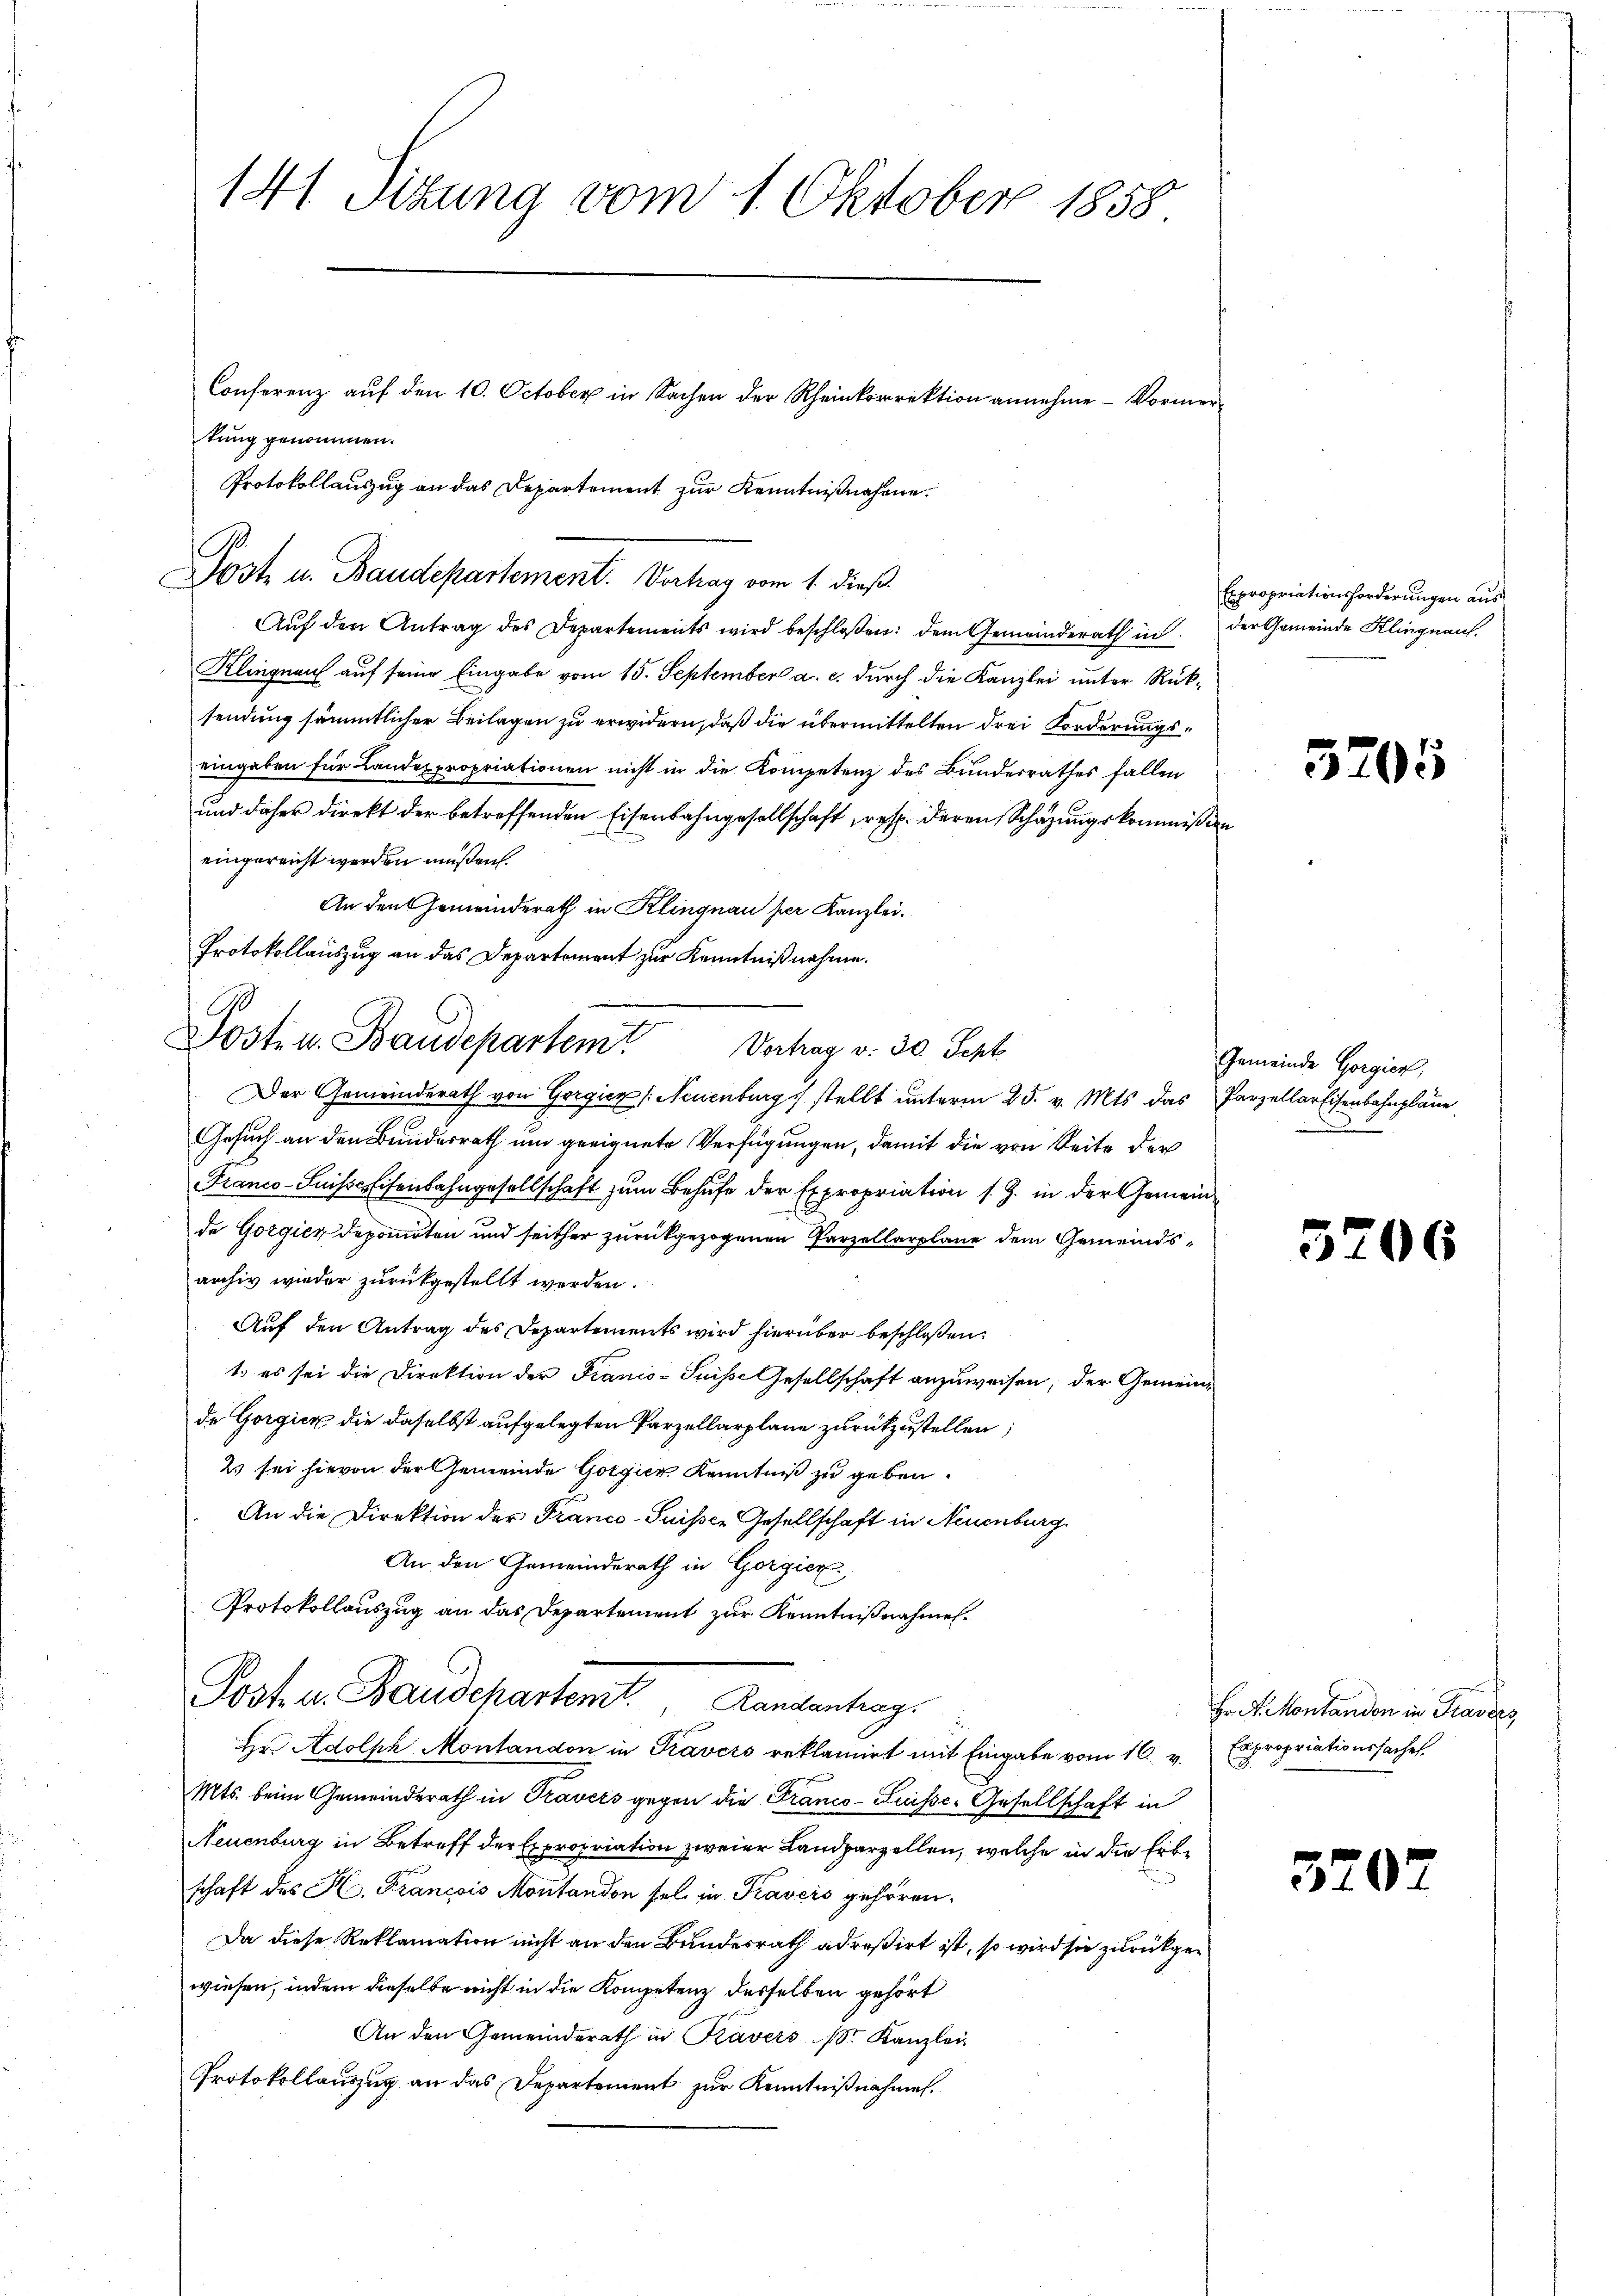
141 Sizung vom 1. Oktober 1858
Conferenz auf den 10. October in Sachen der Rheinkorrektion annehme - Vormertung genommen.
Protokollauszug an das Departement zur Kenntnißnahme.

Klingnau auf seine Eingabe vom 15. September a. c. durch die Kanzlei unter Rücksendung sämmtlicher Beilagen zu erwidern, daß die übermittelten drei Forderungseingaben für Landexpropriationen nicht in die Kompetenz des Bunderrathes fallen
und daher Direkt der betreffenden Eisenbahngesellschaft resp. deren Schazungskommißion
eingereicht werden müßen.
An den Gemeinderath in Klingnau her Kanzlei.
Protokollauszug an das Departement zur Kenntnißnahme.

t
Jost u. Baudepartement. Vortrag vom 1. dieß.
Aŭf den Antrag des Departements wird beschloßen: dem Gemeinderath in der Gemeinde Klingnauf.

1
Dosten. Baudepartem Vorhag v. 30 Sept.
Der Gemeinderath von Gorgie (: Neuenburg stellt unterm 25. v. Mts. das Parzellarisenbahnpläne

Gesuch an den Bundesrath um geeignete Verfügungen, damit die von Seite der
Franco-Suissertisenbahngesellschaft zum Behufe der Expropriation s. Z. in der Gemeinde Gorgien deponirten und seither zurückgezogenen Parzellarplane dem Gemeindsarchiv wieder zurückgestellt werden.
Auf den Antrag des Departements wird hierüber beschloßen:
1.) es sei die Direktion der Franco-Suisse Gesellschaft anzuweisen, der Gemeindde Gorgicz die daselbst aufgelegten Parzellarplane zurückzustellen;
2 sei hievon der Gemeinde Gotgiez, Kenntniß zu geben.
An die Direktion der Franco-Suisser Gesellschaft in Neuenburg
An den Gemeinderath in Gorgier
Protokollauszug an das Departement zur Kenntnißnahmen.

Post u. Bandchartenst. Randantrag.

Hr Adolph Montandon in Pravers reklamirt mit Eingabe vom 16. v. Expropriationssaches
Mts. beim Gemeinderath in Travers gegen die Franco- Luisse-Gesellschaft in
Neuenburg in Betreff der Expropriation zweier Landparzellen, welche in die Erbschaft des H. Francois Montandon sel. in Travers gehören.
Da diese Reklamation nicht an den Bundesrath adreßirt ist, so wird sie zurückgewiesen, indem dieselbe nicht in die Kompetenz desselben gehört
An den Gemeinderath in Kavers Sr. Kanzlei
Protokollauszug an das Departement zur Kenntnißnahmen.

Expropriationsforderungen aus

5205

Gemeinde Gorgien,

5206

Hr. Dr. Montandon in Trasses,

3202